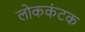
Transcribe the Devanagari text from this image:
लोककंटक